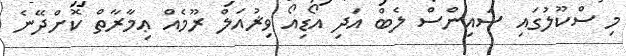
މި ސްކޫލުގައި ސައިންސް ލެބް އަދި އޯޑިއޯ ވިޜުއަލް ރޫމެއް ޢިމާރާތް ކޮށްދޭނެ